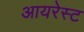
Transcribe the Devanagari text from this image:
आयरेस्ट